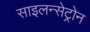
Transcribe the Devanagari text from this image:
साइलन्सेट्रोन